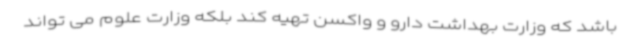
باشد که وزارت بهداشت دارو و واکسن تهیه کند بلکه وزارت علوم می تواند